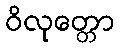
ဝိလုတ္တော